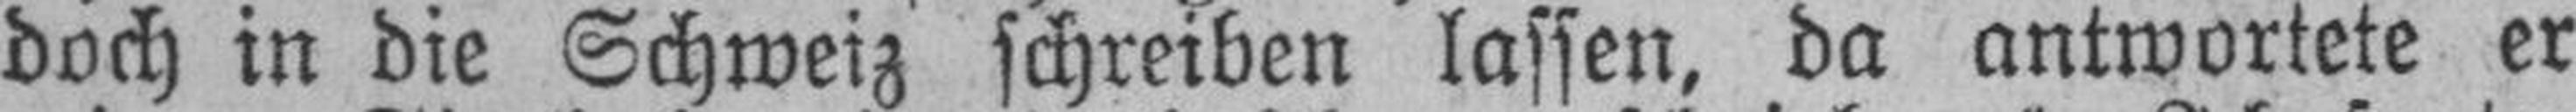
doch in die Schweiz schreiben lassen, da antwortete er